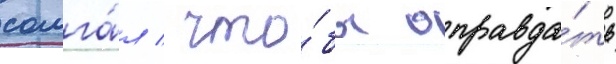
солга́л / что́бы оправда́ть